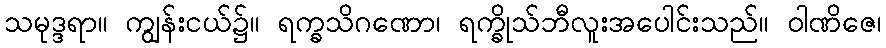
သမုဒ္ဒရာ။ ကျွန်းငယ်၌။ ရက္ခသိဂဏော၊ ရက္ခိုသ်ဘီလူးအပေါင်းသည်။ ဝါဏိဇေ၊